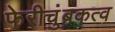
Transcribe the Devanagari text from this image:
फेरीचुंबकत्व